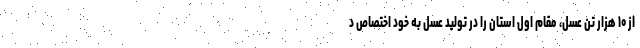
از ۱۰ هزار تن عسل، مقام اول استان را در تولید عسل به خود اختصاص د